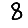
Digit: 8